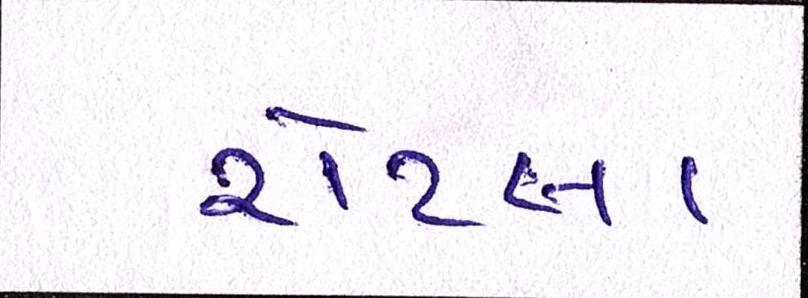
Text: રોટલા